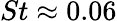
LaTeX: St\approx 0.06